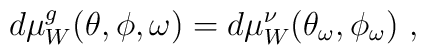
d\mu_W^g(\theta,\phi,\omega) = d\mu_W^\nu(\theta_\omega,\phi_\omega)\ ,